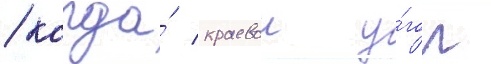
/ когда́ краевои у́гол